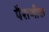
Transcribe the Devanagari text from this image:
पैराणीक